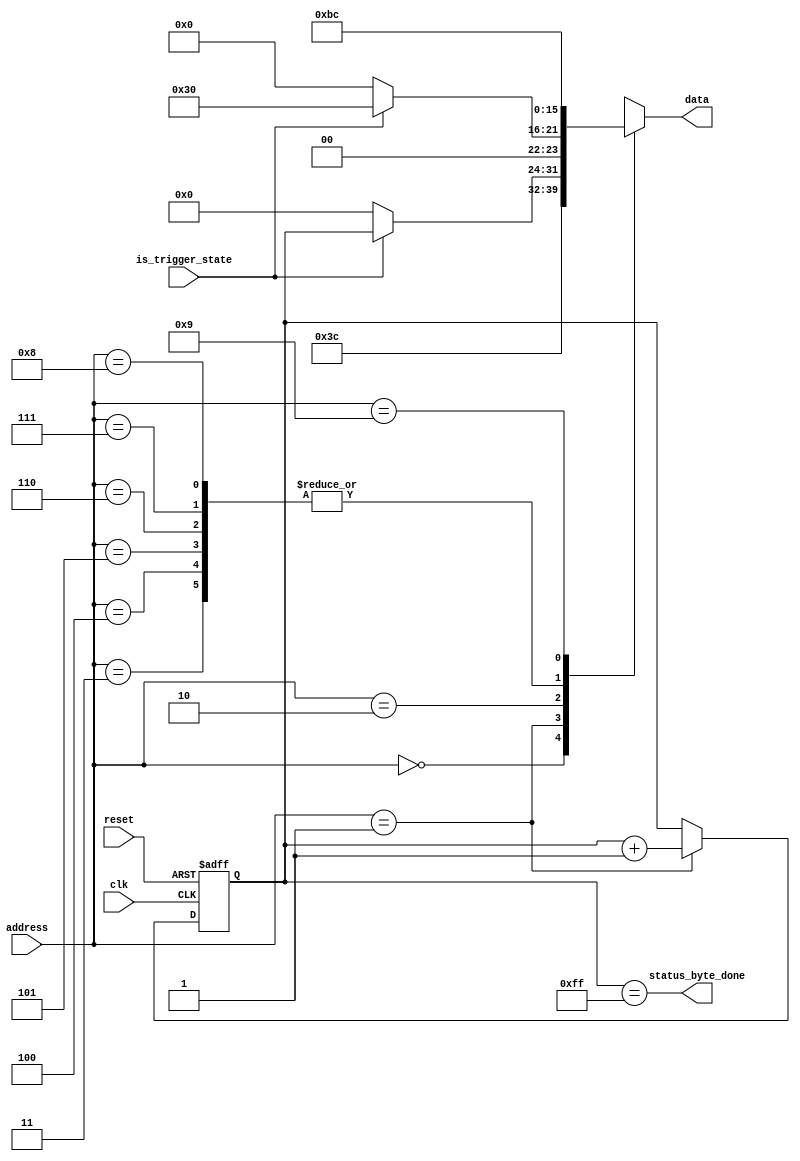

module psc_trigger_data_rom (

	input  wire       clk,
	input  wire       reset,
	input  wire [3:0] address,
	input  wire       is_trigger_state,
	output reg  [7:0] data,
	output wire       status_byte_done

);

	localparam SOP = 8'h3C;
	localparam EOP = 8'hBC;
	
	reg [7:0] status_byte_counter;
	
	assign status_byte_done = (status_byte_counter == 8'hff);
	
	always @(posedge clk or posedge reset) begin
		if (reset)
			status_byte_counter <= 8'h0;
		else begin
			if (address == 4'b0001)
				status_byte_counter <= status_byte_counter + 8'h1;
		end
	end
	
	always @(*) begin
		case (address)
			4'b0000: data <= SOP;
			
			// Status byte
			// 4'b0001: data <= (is_trigger_state ? 8'h01 : 8'h00);
			4'b0001: data <= (is_trigger_state ? status_byte_counter : 8'h00);
			
			// Control byte (Address 1)
			4'b0010: data <= (is_trigger_state ? 8'h30 : 8'h00);
			
			// Address 0
			4'b0011: data <= 8'h00;
			
			// uint32_t data
			4'b0100: data <= 8'h00;
			4'b0101: data <= 8'h00;
			4'b0110: data <= 8'h00;
			4'b0111: data <= 8'h00;
			
			// CRC8 placeholder
			4'b1000: data <= 8'h00;
			
			4'b1001: data <= EOP;
			
			default: data <= 8'bxxxx_xxxx;
		endcase
	end

endmodule